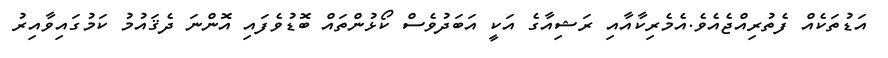
އަޑުތަކެއް ފެތުރިއްޖެއެވެ.އެމެރިކާއާއި ރަޝިއާގެ އަކީ އަބަދުވެސް ކޯޅުންތައް ބޮޑުވެފައި އޮންނަ ދެޤައުމު ކަމުގައިވާއިރު